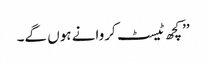
’’کچھ ٹیسٹ کروانے ہوں گے۔